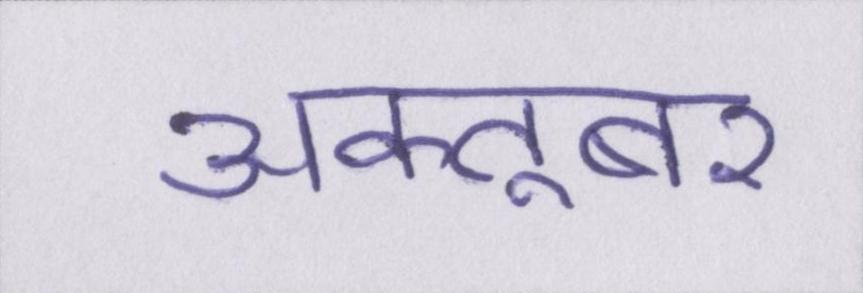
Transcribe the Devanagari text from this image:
अक्तूबर